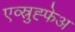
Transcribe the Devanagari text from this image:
एव्स्रुह्फेअ